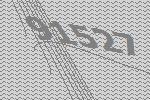
91527